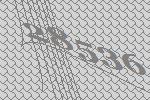
28536